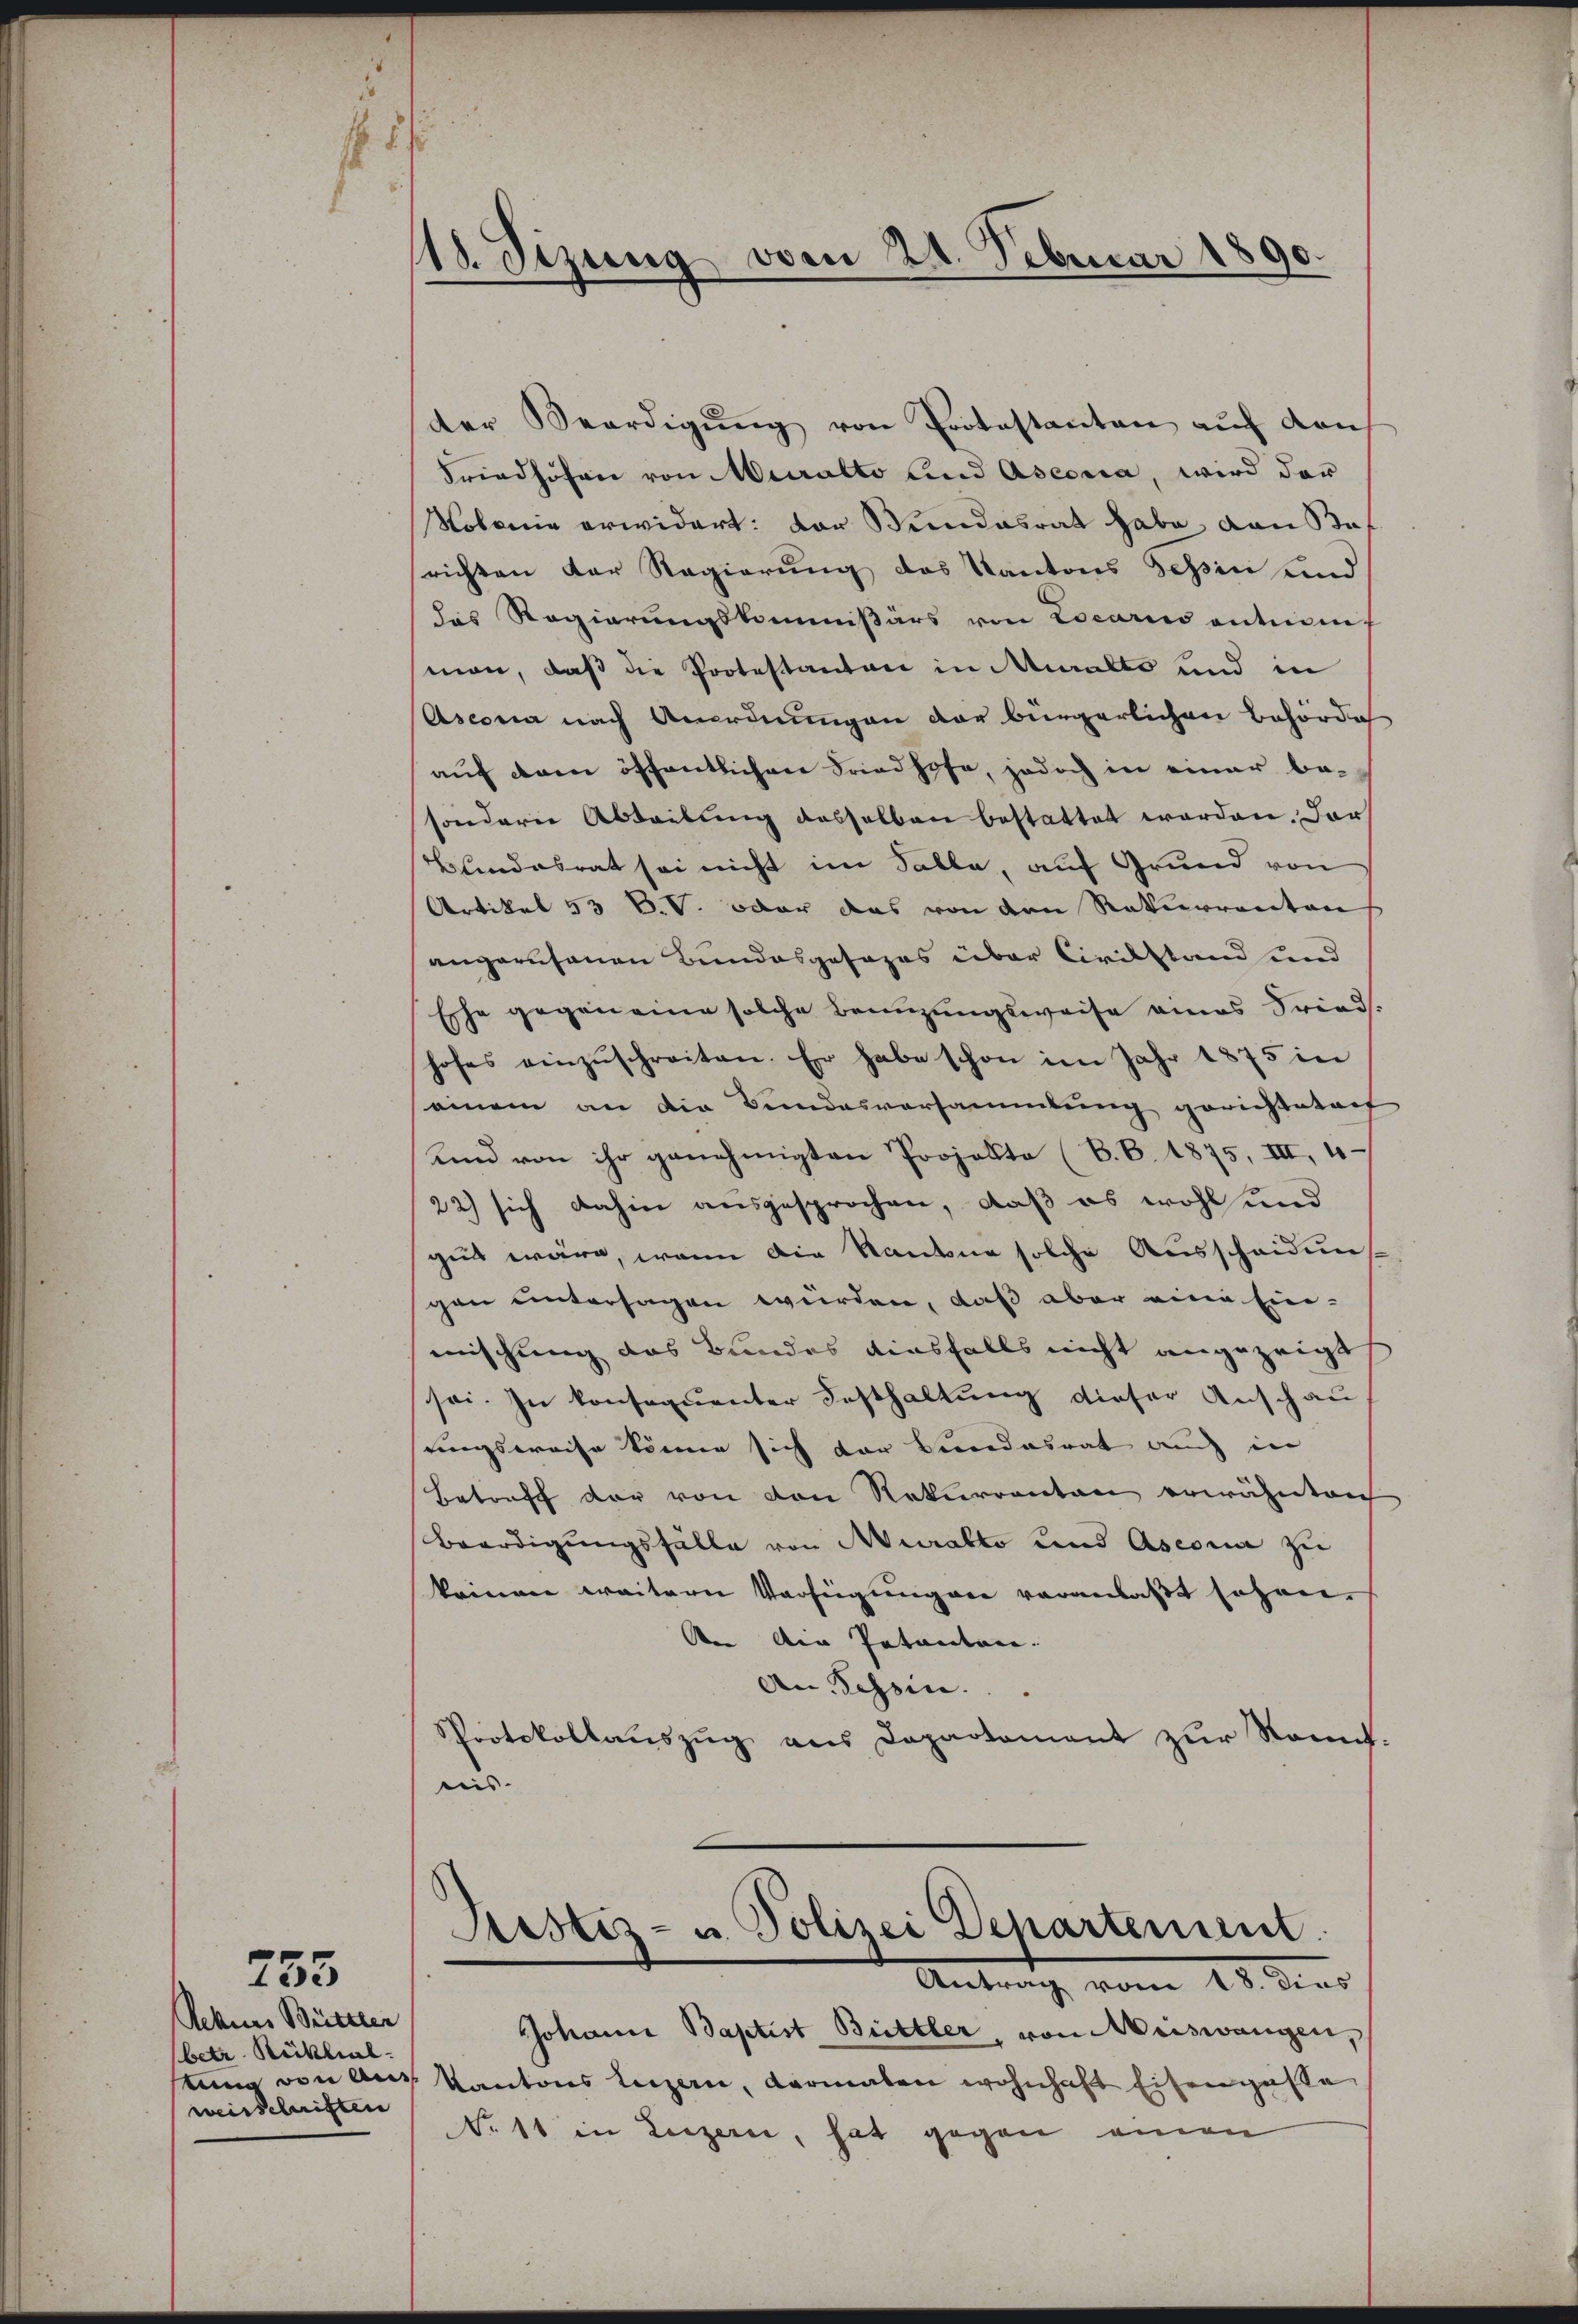
Rekurs Bettler
(betr. Rücklial-
keine von Aus
weisschriften

255

d
118. Sizung von 24. Februar 1890.

der Verdigŭng von Protestanten aŭf den
Friedhöfen von Muralto und Aseoria, wird der
Nolonie erwidert: Der Stundesrat habe von Stof
richten der Regierung des Kantons Sehen und
das Regierungskommißärs von Locario antums
man, daß die Protestanton in Muralto und in
Ascona nach Anordnungen der bürgerlichen Behörde
auf dem öffentlichen Friedhofe, jedoch in einer be-
sondern Abteilung desselben bestattet worden. Dar
Blindesrat sei nicht im Falle, auf Grund von
Artikel 53 C.V. oder das von den Rekurrenten
angerusanen Bundesgesages über Civilstand und
Esche gegen eine solche Benuzungsweise eines Fried
hofes einzŭschreiten. Er habe schon im Jahr 1875 in
einem an die Bundesversammlung gerichtetent
Und von ihr genehmigten Projekte (B.B. 1875, III, 10-
22) sich dahin ausgesprochen, daß es wohl und
gut wäre, wenn die Standene solche Ausscheidun
gen untersagen wurden, daß aber eine Ein-
mischung das Bundes diesfalls nicht angezeigt
sei. In konsequenter Festhaltung dieser Anschau
sungsweise könne sich vor Bundesrat auch in
Betreff der von den Rekurrenten erwähnten
Beerdigungsfälle von Muralto und Ascona zu
keinen weitern Verfügungen veranlaßt sehen.
n Ain Petenten.
An Tessin. |
Protokollauszug aus Departement zur konnt.
nis.

Bestiz- u. Polizei Departement.
Antrag vom 18. dies

Johann Baptist Bettler, von Meiswangen,
Kantons Luzern, Carmalen wohnhaft Eisengasse
No. 11 in Liezerei, hat gegen einen